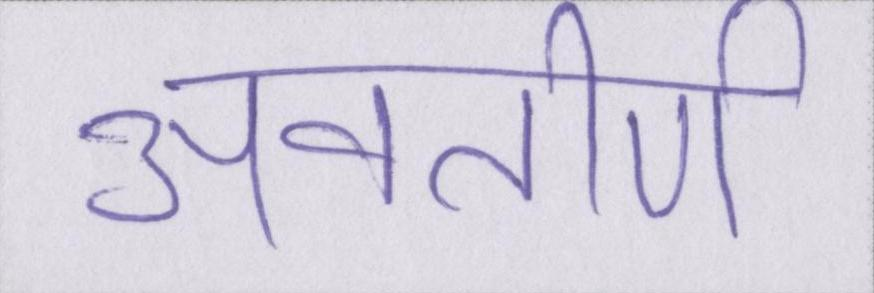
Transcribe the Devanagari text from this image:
अवतीर्ण